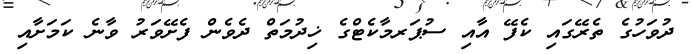
ދުވަހުގެ ތެރޭގައި ކެފޭ އާއި ސުޕަރމާކެޓްގެ ޚިދުމަތް ދެވެން ފެށޭވަރު ވާނެ ކަމަށާއި